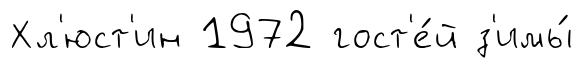
Хл'юст'ин 1972 гост'е́й з'имы́